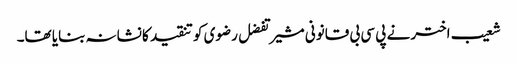
شعیب اختر نے پی سی بی قانونی مشیر تفضل رضوی کو تنقید کا نشانہ بنایا تھا۔